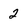
Character: 2